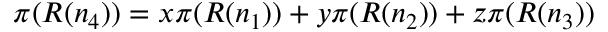
\pi ( R ( n _ { 4 } ) ) = x \pi ( R ( n _ { 1 } ) ) + y \pi ( R ( n _ { 2 } ) ) + z \pi ( R ( n _ { 3 } ) )